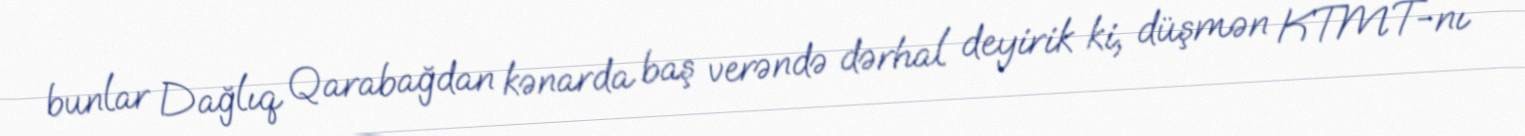
bunlar Dağlıq Qarabağdan kənarda baş verəndə dərhal deyirik ki, düşmən KTMT-nı